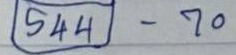
(544) - 70